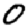
Digit: 0